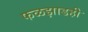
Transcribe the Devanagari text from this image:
फळझाडही